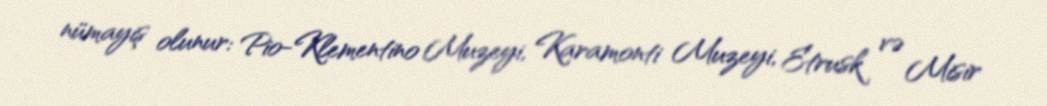
nümayiş olunur: Pio-Klementino Muzeyi, Karamonti Muzeyi, Etrusk və Misir